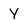
Character: Y